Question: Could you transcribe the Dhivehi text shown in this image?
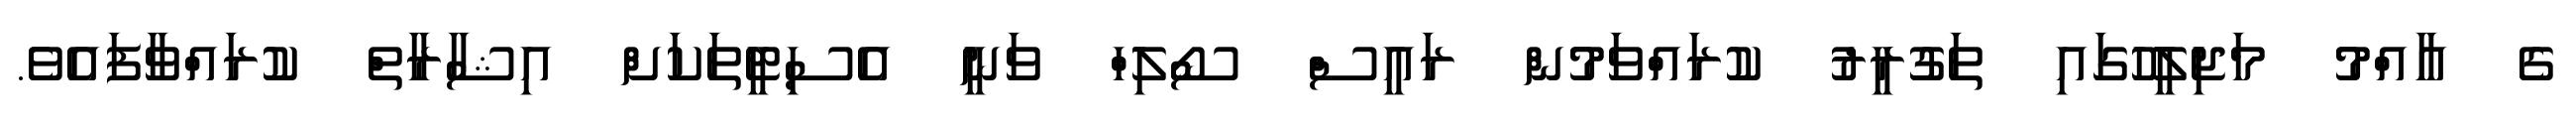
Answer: ގެ އާއްމު މަޖިލީހުގައި ތަގުރީރު ކުރައްވަމުން ރައީސް ސޯލިހް ވަނީ އެސިޓީތަކަށް އިޝާރާތް ކުރައްވާފައެވެ.